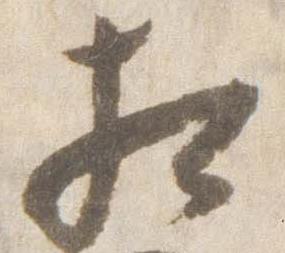
相